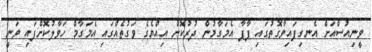
ވީނިއުސްއަށް އެނގިފައިވާގޮތުގައި ޕާޕާ އެމަގާމުން ދުރުކޮށް އިއްޔެގެ ވަގުތެއްގައި އެމަގާމް ހަވާލުކޮށްފައި ވަނީ